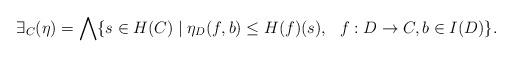
LaTeX: \begin{align*}\exists_C(\eta) = \bigwedge \{s \in H(C) \mid \eta_D(f,b) \leq H(f)(s),\ \ f : D \rightarrow C, b \in I(D)\}.\end{align*}